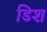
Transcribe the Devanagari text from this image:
डिश